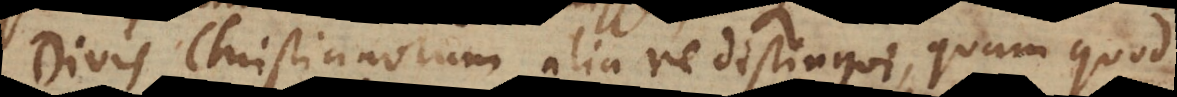
Divis Christianorum alia re distingui, quam quod